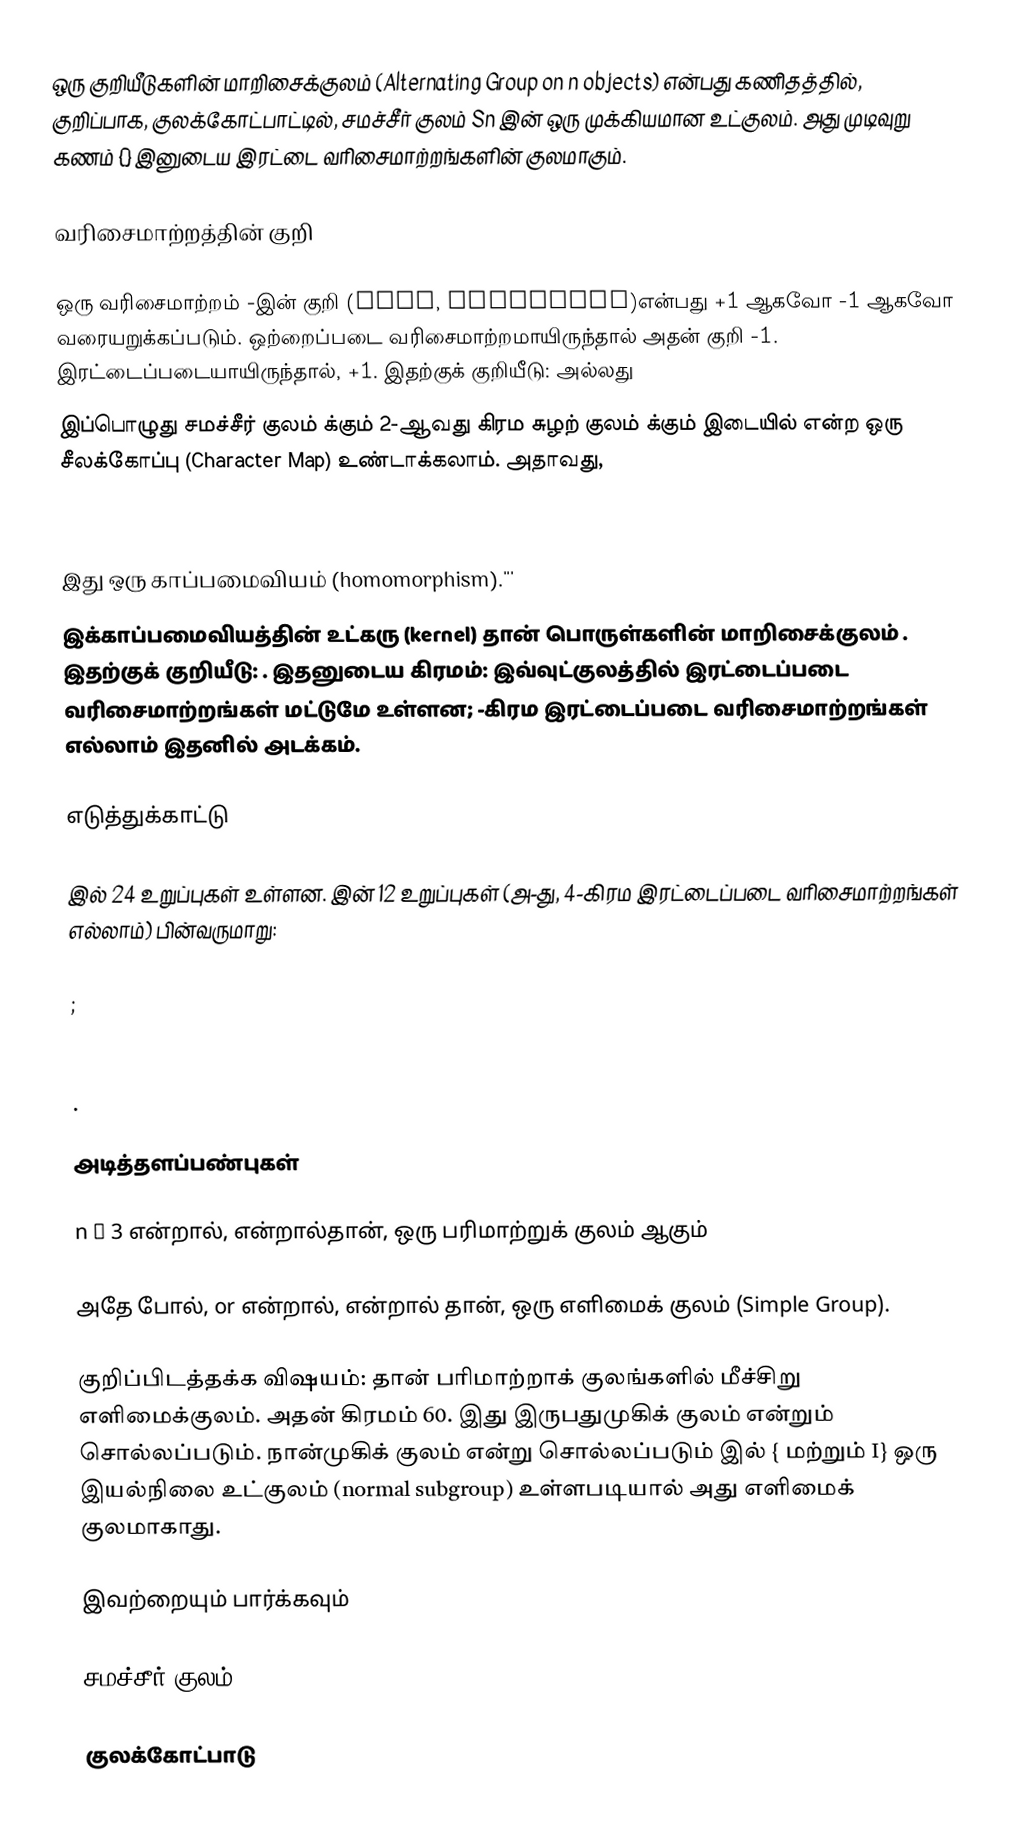
ஒரு  குறியீடுகளின் மாறிசைக்குலம் (Alternating Group on n objects) என்பது கணிதத்தில், குறிப்பாக, குலக்கோட்பாட்டில், சமச்சீர் குலம் Sn இன் ஒரு முக்கியமான உட்குலம். அது முடிவுறு கணம் {} இனுடைய இரட்டை வரிசைமாற்றங்களின் குலமாகும்.

வரிசைமாற்றத்தின் குறி

ஒரு வரிசைமாற்றம் -இன் குறி (Sign, Signature)என்பது +1 ஆகவோ -1 ஆகவோ வரையறுக்கப்படும். ஒற்றைப்படை வரிசைமாற்றமாயிருந்தால் அதன் குறி -1. இரட்டைப்படையாயிருந்தால், +1. இதற்குக் குறியீடு:  அல்லது
இப்பொழுது சமச்சீர் குலம்   க்கும் 2-ஆவது கிரம சுழற் குலம்   க்கும் இடையில்   என்ற ஒரு சீலக்கோப்பு (Character Map) உண்டாக்கலாம். அதாவது,

இது ஒரு காப்பமைவியம் (homomorphism).'''
இக்காப்பமைவியத்தின் உட்கரு (kernel) தான்  பொருள்களின் மாறிசைக்குலம் . இதற்குக் குறியீடு:  . இதனுடைய கிரமம்:  இவ்வுட்குலத்தில் இரட்டைப்படை வரிசைமாற்றங்கள் மட்டுமே உள்ளன; -கிரம இரட்டைப்படை வரிசைமாற்றங்கள் எல்லாம் இதனில் அடக்கம்.

எடுத்துக்காட்டு

 இல் 24 உறுப்புகள் உள்ளன.  இன் 12 உறுப்புகள் (அ-து, 4-கிரம இரட்டைப்படை வரிசைமாற்றங்கள் எல்லாம்) பின்வருமாறு:

  ;

 .

அடித்தளப்பண்புகள்

n ≤ 3 என்றால், என்றால்தான்,  ஒரு பரிமாற்றுக் குலம் ஆகும்

அதே போல்,  or என்றால், என்றால் தான்,  ஒரு எளிமைக் குலம் (Simple Group).

குறிப்பிடத்தக்க விஷயம்: தான் பரிமாற்றாக் குலங்களில் மீச்சிறு எளிமைக்குலம். அதன் கிரமம் 60. இது இருபதுமுகிக் குலம் என்றும் சொல்லப்படும். நான்முகிக் குலம் என்று சொல்லப்படும்  இல் { மற்றும் I} ஒரு இயல்நிலை உட்குலம் (normal subgroup) உள்ளபடியால் அது எளிமைக் குலமாகாது.

இவற்றையும் பார்க்கவும்

 சமச்சீர் குலம்

குலக்கோட்பாடு